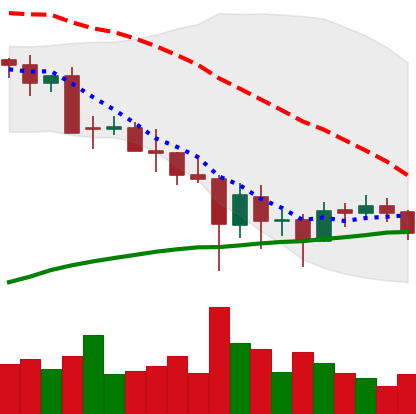
Ticker: BTC-USD
Chart end date: 2021-05-28
Forward return: 5.26%
Label: up_5_7